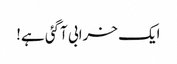
ایک خرابی آگئی ہے!